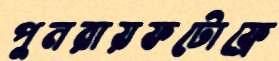
পুনরায়ফটোফ্রে